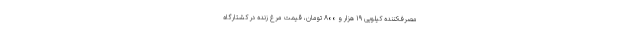
مصرف‌کننده کیلویی ۱۹ هزار و ۸۰۰ تومان، قیمت مرغ زنده در کشتارگاه